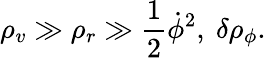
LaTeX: \rho_{v}\gg\rho_{r}\gg\frac{1}{2}{\dot{\phi}}^{2},\ \delta\rho_{\phi}.